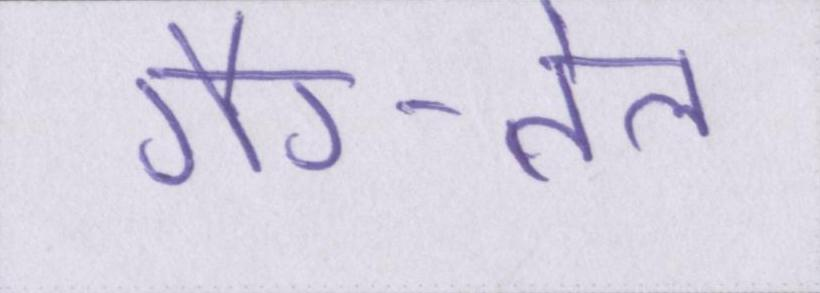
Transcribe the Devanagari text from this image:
गैर-तेल